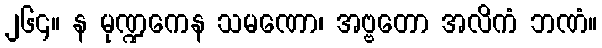
၂၆၄။ န မုဏ္ဍကေန သမဏော၊ အဗ္ဗတော အလိကံ ဘဏံ။